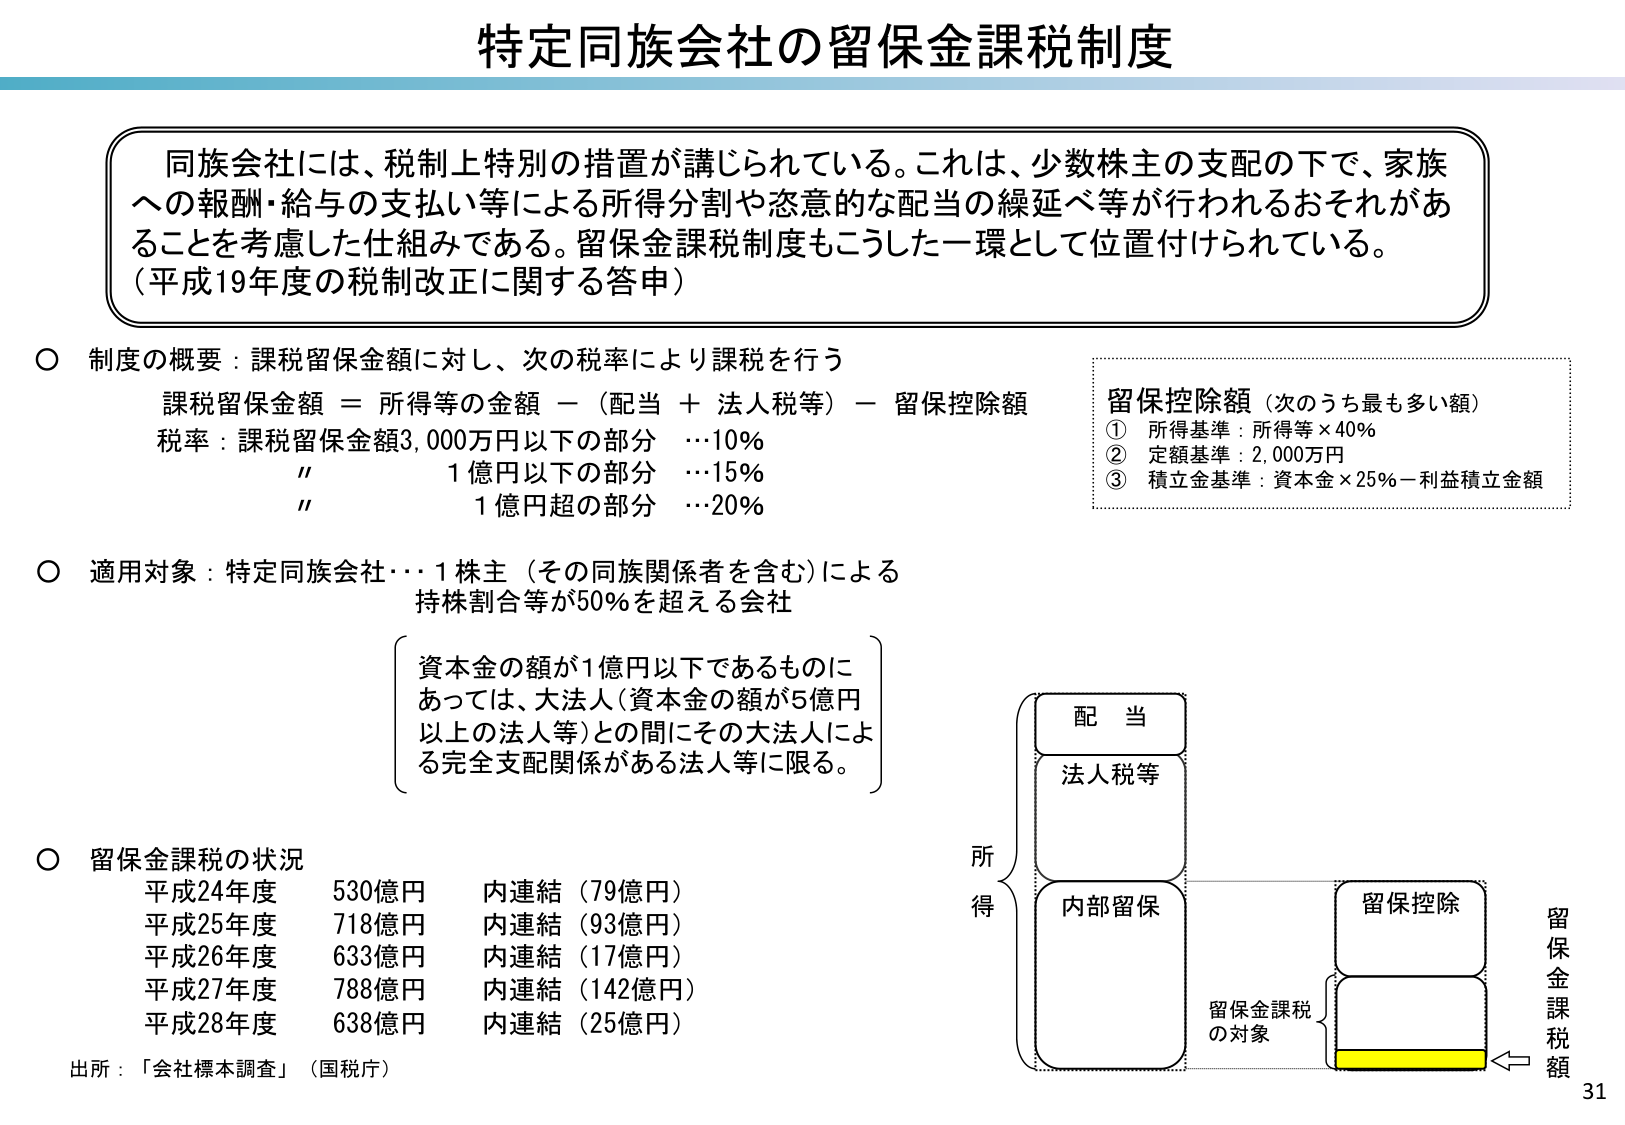
特定同族会社の留保金課税制度

同族会社には、税制上特別の措置が講じられている。これは、少数株主の支配の下で、家族への報酬・給与の支払い等による所得分割や恣意的な配当の繰延べ等が行われるおそれがあることを考慮した仕組みである。留保金課税制度もこうした一環として位置付けられている。
（平成19年度の税制改正に関する答申）

○ 制度の概要：課税留保金額に対し、次の税率により課税を行う
課税留保金額 ＝ 所得等の金額 －（配当 ＋ 法人税等）－ 留保控除額
税率：課税留保金額3,000万円以下の部分 …10%
　　　〃　　　　　1億円以下の部分 …15%
　　　〃　　　　　1億円超の部分 …20%

○ 適用対象：特定同族会社…1株主（その同族関係者を含む）による
　　　　　　　　持株割合等が50％を超える会社
　　　　　　　　（資本金の額が1億円以下であるものに
　　　　　　　　　あっては、大法人（資本金の額が5億円
　　　　　　　　　以上の法人等）との間にその大法人によ
　　　　　　　　　る完全支配関係がある法人等に限る。）

○ 留保金課税の状況
平成24年度　530億円　内連結（79億円）
平成25年度　718億円　内連結（93億円）
平成26年度　633億円　内連結（17億円）
平成27年度　788億円　内連結（142億円）
平成28年度　638億円　内連結（25億円）
出所：「会社標本調査」（国税庁）

留保控除額（次のうち最も多い額）
① 所得基準：所得等×40％
② 定額基準：2,000万円
③ 積立金基準：資本金×25％－利益積立金額

配当
法人税等
内部留保
所得
留保控除
留保金課税の対象
留保金課税額

31